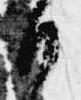
候